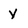
Character: y